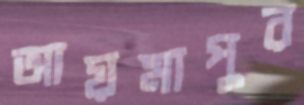
আয়মাপুর